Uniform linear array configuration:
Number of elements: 48
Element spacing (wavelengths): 0.75
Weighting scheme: hann
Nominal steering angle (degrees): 15
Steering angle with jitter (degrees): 15.666
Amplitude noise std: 0.05
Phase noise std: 0.05

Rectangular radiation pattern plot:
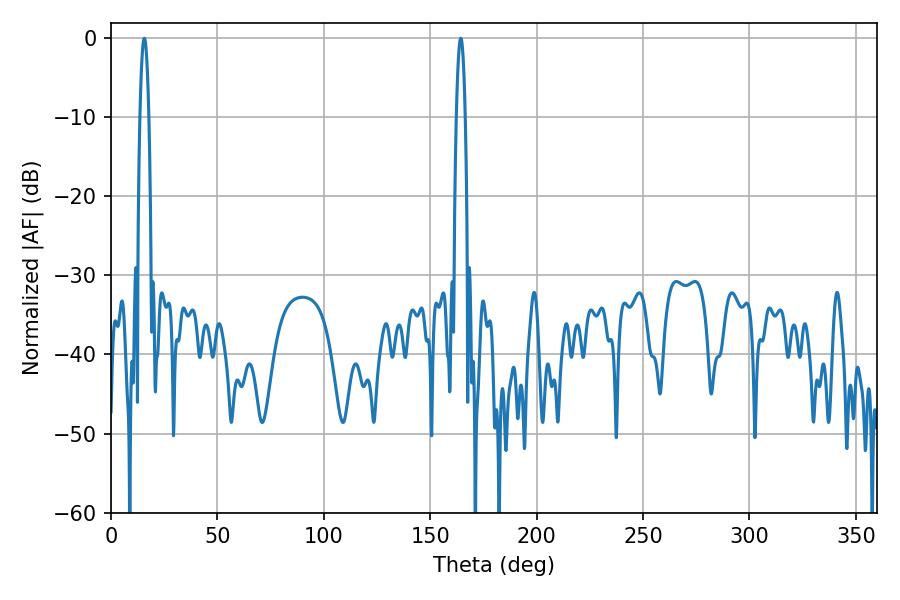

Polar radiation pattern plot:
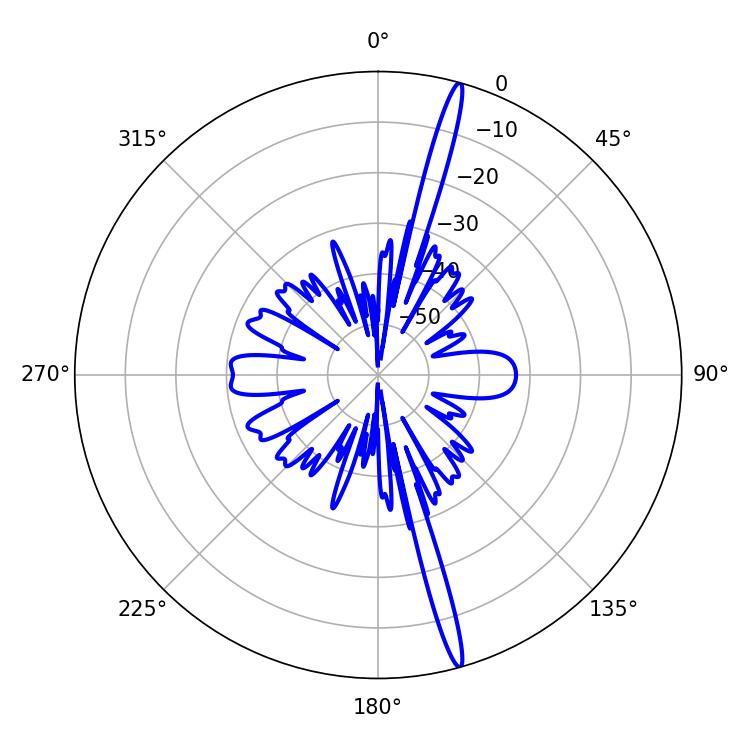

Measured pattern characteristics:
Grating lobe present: TRUE
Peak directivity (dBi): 19.296
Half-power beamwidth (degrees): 2.16
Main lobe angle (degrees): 15.66